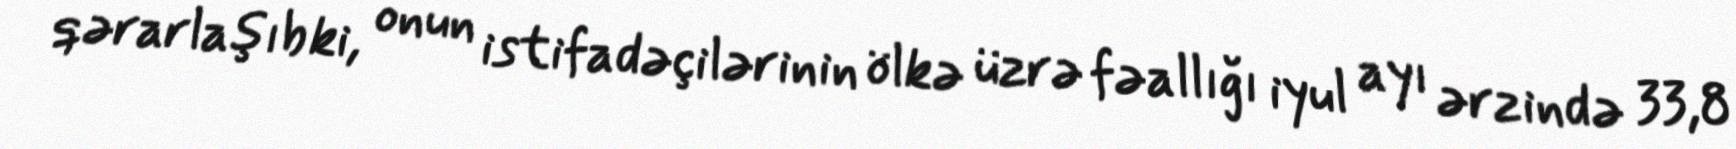
qərarlaşıb ki, onun istifadəçilərinin ölkə üzrə fəallığı iyul ayı ərzində 33,8